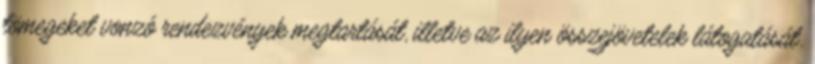
tömegeket vonzó rendezvények megtartását, illetve az ilyen összejövetelek látogatását.